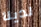
لدينا